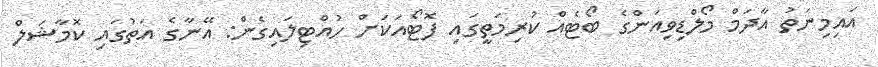
އައިމިނަތު އާދަމް މޯލްޑިވިއަންގެ ބޯޓެއް ކުރިމަތީގައި ފޮޓޯއަކަށް ހުއްޓިލައިގެން: އޭނާގެ އަތުގައި ކޮމާޝަލް